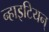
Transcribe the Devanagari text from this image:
न्हाइटियन्